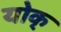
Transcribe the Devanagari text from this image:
योक्